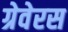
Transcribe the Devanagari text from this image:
ग्रेवेरस